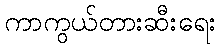
ကာကွယ်တားဆီးရေး